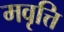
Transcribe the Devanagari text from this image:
मवृत्ति